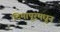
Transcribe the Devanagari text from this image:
दिमापूरमधून